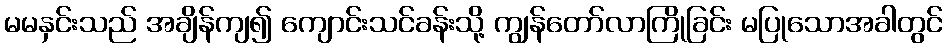
မမနှင်းသည် အချိန်ကျ၍ ကျောင်းသင်ခန်းသို့ ကျွန်တော်လာကြိုခြင်း မပြုသောအခါတွင်